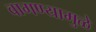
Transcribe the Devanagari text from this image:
वागण्यामुळे